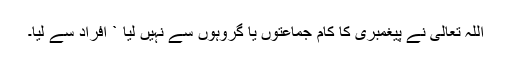
اللہ تعالیٰ نے پیغمبری کا کام جماعتوں یا گروہوں سے نہیں لیا ` افراد سے لیا۔